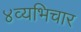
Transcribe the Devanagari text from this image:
४व्यभिचार